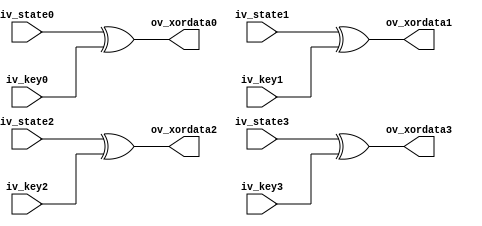
module xor64(
        iv_state0,
        iv_state1,
        iv_state2,
        iv_state3,
        iv_key0,
        iv_key1,
        iv_key2,
        iv_key3,
        ov_xordata0,
        ov_xordata1,
        ov_xordata2,
        ov_xordata3
        );
  input[15:0] iv_state0;
  input[15:0] iv_state1;
  input[15:0] iv_state2;
  input[15:0] iv_state3;
  input[15:0] iv_key0;
  input[15:0] iv_key1;
  input[15:0] iv_key2;
  input[15:0] iv_key3;
  output[15:0] ov_xordata0;
  output[15:0] ov_xordata1;
  output[15:0] ov_xordata2;
  output[15:0] ov_xordata3;

  assign ov_xordata0 = iv_state0 ^ iv_key0;
  assign ov_xordata1 = iv_state1 ^ iv_key1;
  assign ov_xordata2 = iv_state2 ^ iv_key2;
  assign ov_xordata3 = iv_state3 ^ iv_key3;
endmodule